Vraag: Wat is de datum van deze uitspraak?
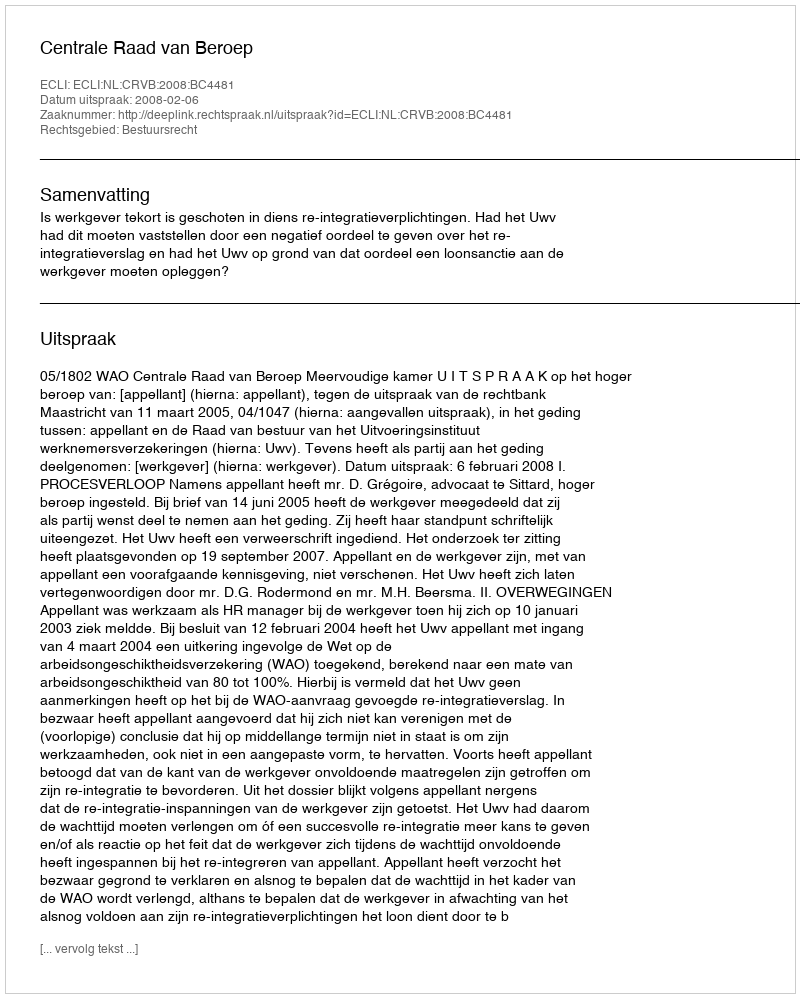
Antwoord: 2008-02-06